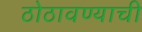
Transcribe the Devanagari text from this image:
ठोठावण्याची